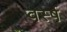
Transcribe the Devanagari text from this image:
वर्स्ष